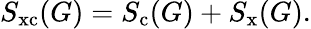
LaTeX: S_{\mathrm{xc}}(G)=S_{\mathrm{c}}(G)+S_{\mathrm{x}}(G).